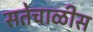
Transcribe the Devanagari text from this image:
सतेचाळीस